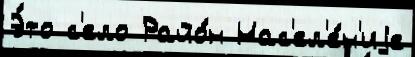
Э́то с'ело Райо́н Нас'ел'е́н'иjе